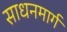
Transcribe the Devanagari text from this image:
साधनमार्ग